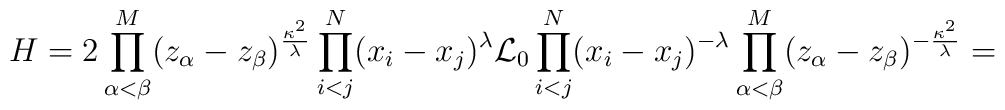
H=2 \prod_{\alpha < \beta}^{M}  (z_{\alpha}-z_{\beta})^{\frac{\kappa^2}{\lambda}}\prod_{i < j}^{N} (x_{i}-x_{j})^{\lambda}{\cal L}_{0}\prod_{i < j}^{N} (x_{i}-x_{j})^{-\lambda}\prod_{\alpha < \beta}^{M} (z_{\alpha}-z_{\beta})^{-\frac{\kappa^2}{\lambda}}=